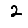
Digit: 2